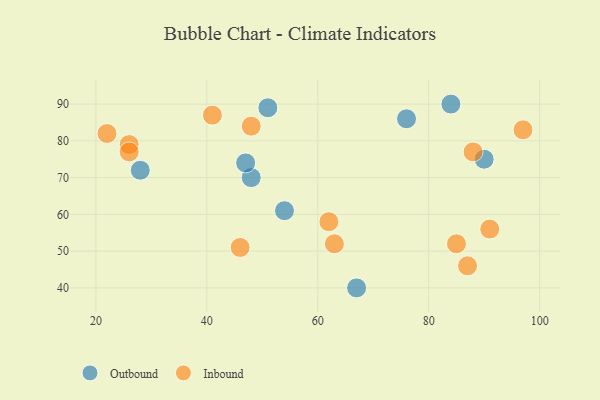
{"axis": {"x": "GDP", "y": "Life Expectancy"}, "legend": ["Inbound", "Outbound"], "data": [{"x": "76", "y": 86, "type": "Outbound"}, {"x": "54", "y": 61, "type": "Outbound"}, {"x": "28", "y": 72, "type": "Outbound"}, {"x": "84", "y": 90, "type": "Outbound"}, {"x": "48", "y": 70, "type": "Outbound"}, {"x": "90", "y": 75, "type": "Outbound"}, {"x": "51", "y": 89, "type": "Outbound"}, {"x": "67", "y": 40, "type": "Outbound"}, {"x": "47", "y": 74, "type": "Outbound"}, {"x": "91", "y": 56, "type": "Inbound"}, {"x": "97", "y": 83, "type": "Inbound"}, {"x": "26", "y": 79, "type": "Inbound"}, {"x": "88", "y": 77, "type": "Inbound"}, {"x": "41", "y": 87, "type": "Inbound"}, {"x": "46", "y": 51, "type": "Inbound"}, {"x": "22", "y": 82, "type": "Inbound"}, {"x": "63", "y": 52, "type": "Inbound"}, {"x": "85", "y": 52, "type": "Inbound"}, {"x": "62", "y": 58, "type": "Inbound"}, {"x": "26", "y": 77, "type": "Inbound"}, {"x": "87", "y": 46, "type": "Inbound"}, {"x": "48", "y": 84, "type": "Inbound"}]}